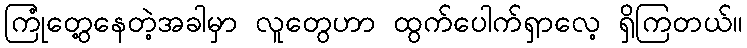
ကြုံတွေ့နေတဲ့အခါမှာ လူတွေဟာ ထွက်ပေါက်ရှာလေ့ ရှိကြတယ်။